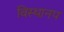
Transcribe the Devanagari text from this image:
विस्थानप